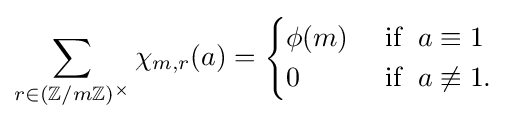
\sum _{r\in (\mathbb {Z} /m\mathbb {Z} )^{\times }}\chi _{m,r}(a)={\begin{cases}\phi (m)&{\text{ if  }}\;a\equiv 1\\0&{\text{ if  }}\;a\not \equiv 1.\end{cases}}